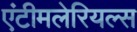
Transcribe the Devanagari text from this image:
एंटीमलेरियल्स